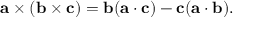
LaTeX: \mathbf { a } \times ( \mathbf { b } \times \mathbf { c } ) = \mathbf { b } ( \mathbf { a } \cdot \mathbf { c } ) - \mathbf { c } ( \mathbf { a } \cdot \mathbf { b } ) .